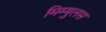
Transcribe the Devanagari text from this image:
मिम्युलस